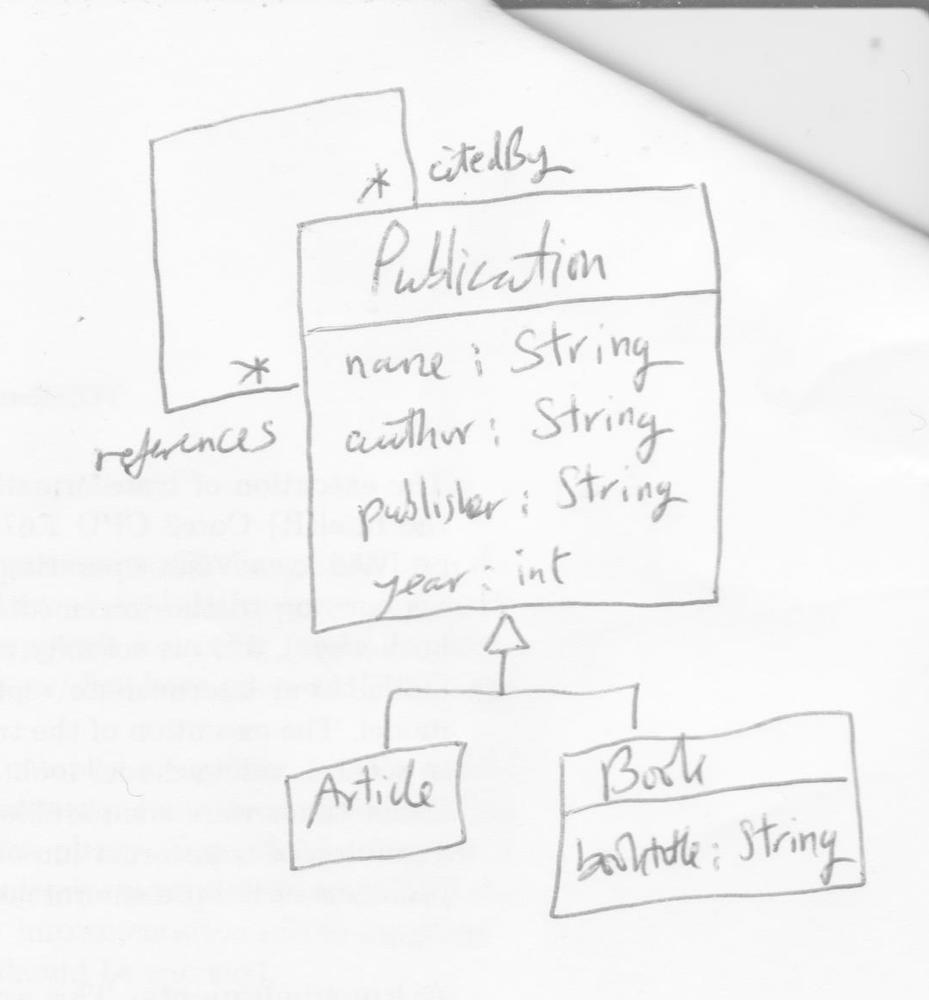
Diagram type: class_diagram
```plantuml
@startuml

class Publication {
  name: String
  author: String
  publisher: String
  year: int
}

class Article extends Publication

class Book  extends Publication {
  bookTitle: String
}

Publication "citedBy *" -- "references *" Publication

@enduml
```